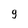
Character: 9